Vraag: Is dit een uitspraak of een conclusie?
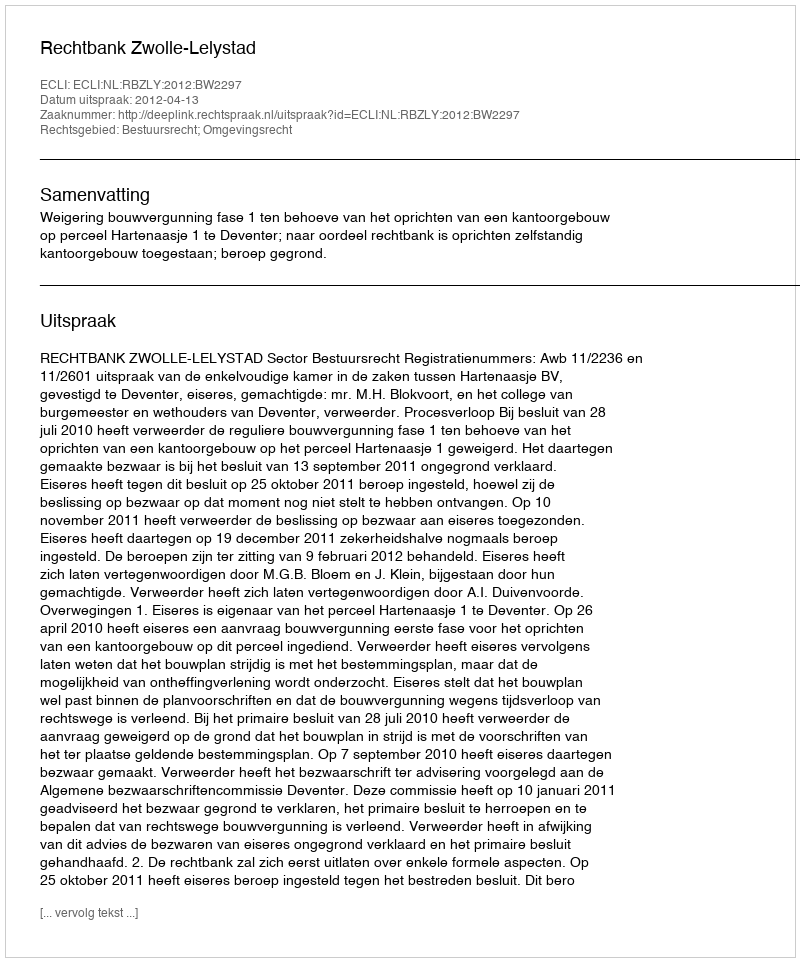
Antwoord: Uitspraak